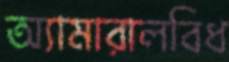
অ্যামারালবিধ